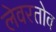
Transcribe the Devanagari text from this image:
लेवरतोव